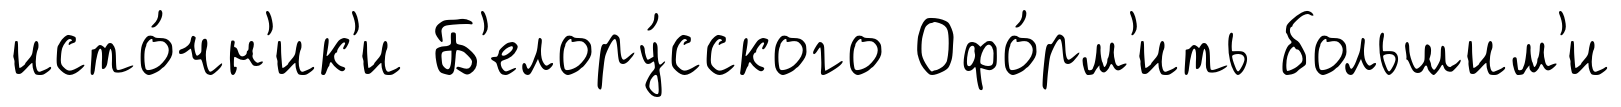
исто́чн'ик'и Б'елору́сского Офо́рм'ить большим'и